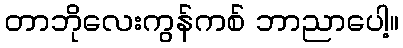
တာဘိုလေးကွန်ကစ် ဘာညာပေါ့။